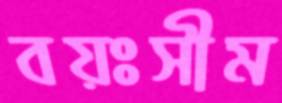
বয়ঃসীম